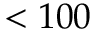
< 1 0 0